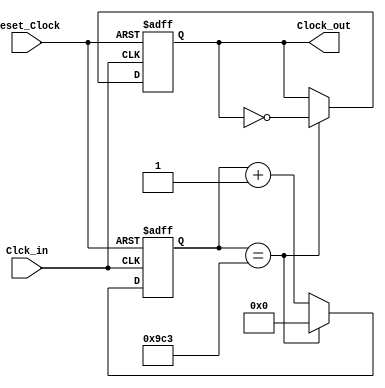
`timescale 1ns / 1ps
//////////////////////////////////////////////////////////////////////////////////
// Company: 
// Engineer: 
// 
// Design Name: 
// Module Name:    divisor ADC 
// Project Name: 
// Target Devices: 
// Tool versions: 
// Description: 
//
// Dependencies: 
//
// Revision: 
// Revision 0.01 - File Created
// Additional Comments: 
//
//////////////////////////////////////////////////////////////////////////////////
module Divisor_Clock_ADC(
 input wire Clck_in,
 input wire reset_Clock,
 output reg Clock_out
 ); 
 
 
 reg [11:0] contador ; 

 
always @(posedge Clck_in,posedge reset_Clock) 
 begin
      if (reset_Clock)
		   begin
		   Clock_out <= 0;
			contador <= 0;
			end 
      else
          begin		
		    if (contador == 12'd2499)  
		        begin                    
			     contador <= 12'd0;       
		        Clock_out <= ~Clock_out;
		        end 
		     else 
		        contador <= contador + 1'b1; 
          end 
 end 
  
endmodule